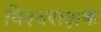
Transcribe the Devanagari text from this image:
विश्वराक्षक